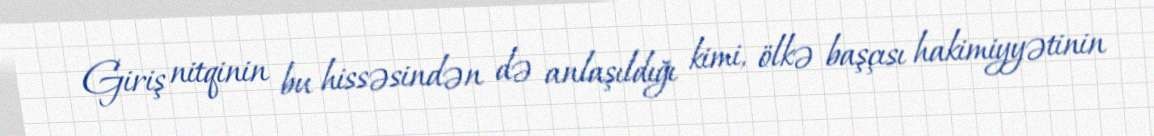
Giriş nitqinin bu hissəsindən də anlaşıldığı kimi, ölkə başçısı hakimiyyətinin